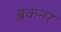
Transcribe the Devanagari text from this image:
ब्रकनर